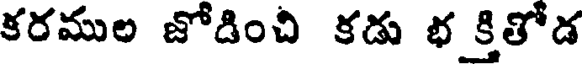
కరముల జోడించి కడు భ క్రితోడ